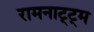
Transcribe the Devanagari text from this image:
रामनाट्ट्म